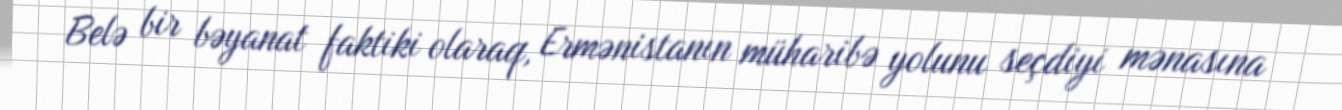
Belə bir bəyanat faktiki olaraq, Ermənistanın müharibə yolunu seçdiyi mənasına